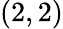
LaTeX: (2,2)